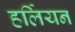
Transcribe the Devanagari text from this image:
हर्लियन